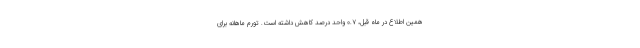
همین اطلاع در ماه قبل، ٠.٧ واحد درصد کاهش داشته است. تورم ماهانه برای